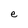
Character: e